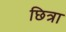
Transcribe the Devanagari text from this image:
छित्रा